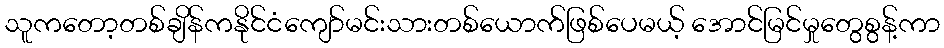
သူကတော့တစ်ချိန်ကနိုင်ငံကျော်မင်းသားတစ်ယောက်ဖြစ်ပေမယ့် အောင်မြင်မှုတွေစွန့်ကာ